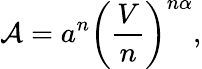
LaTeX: \mathcal{A}=a^{n}\left(\frac{V}{n}\right)^{n\alpha},